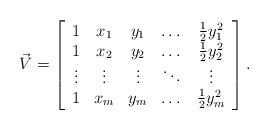
LaTeX: \begin{align*}\vec{V}=\left[\begin{array}{ccccc}1 & x_{1} & y_{1} & \dots & \frac{1}{2}y_{1}^{2}\\1 & x_{2} & y_{2} & \dots & \frac{1}{2}y_{2}^{2}\\\vdots & \vdots & \vdots & \ddots & \vdots\\1 & x_{m} & y_{m} & \dots & \frac{1}{2}y_{m}^{2}\end{array}\right].\end{align*}